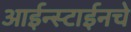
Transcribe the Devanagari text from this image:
आईन्स्टाईनचे